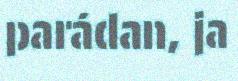
parádan, ja